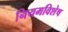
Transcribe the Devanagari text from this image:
नियमविशेष